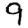
Digit: 9